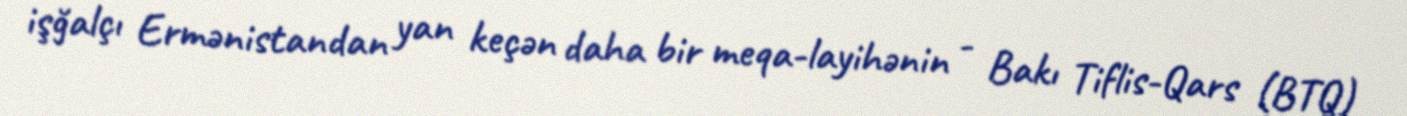
işğalçı Ermənistandan yan keçən daha bir meqa-layihənin - Bakı Tiflis-Qars (BTQ)